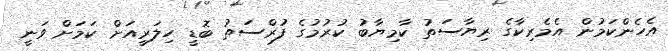
އެހެންކަމުން އެމެރިކާގެ ރިޔާސަތު ކާމިޔާބު ކުރުމުގެ ފުރްސަތު ބޮޑީ ހިލަރީއަށް ކަމަށް ވަނީ